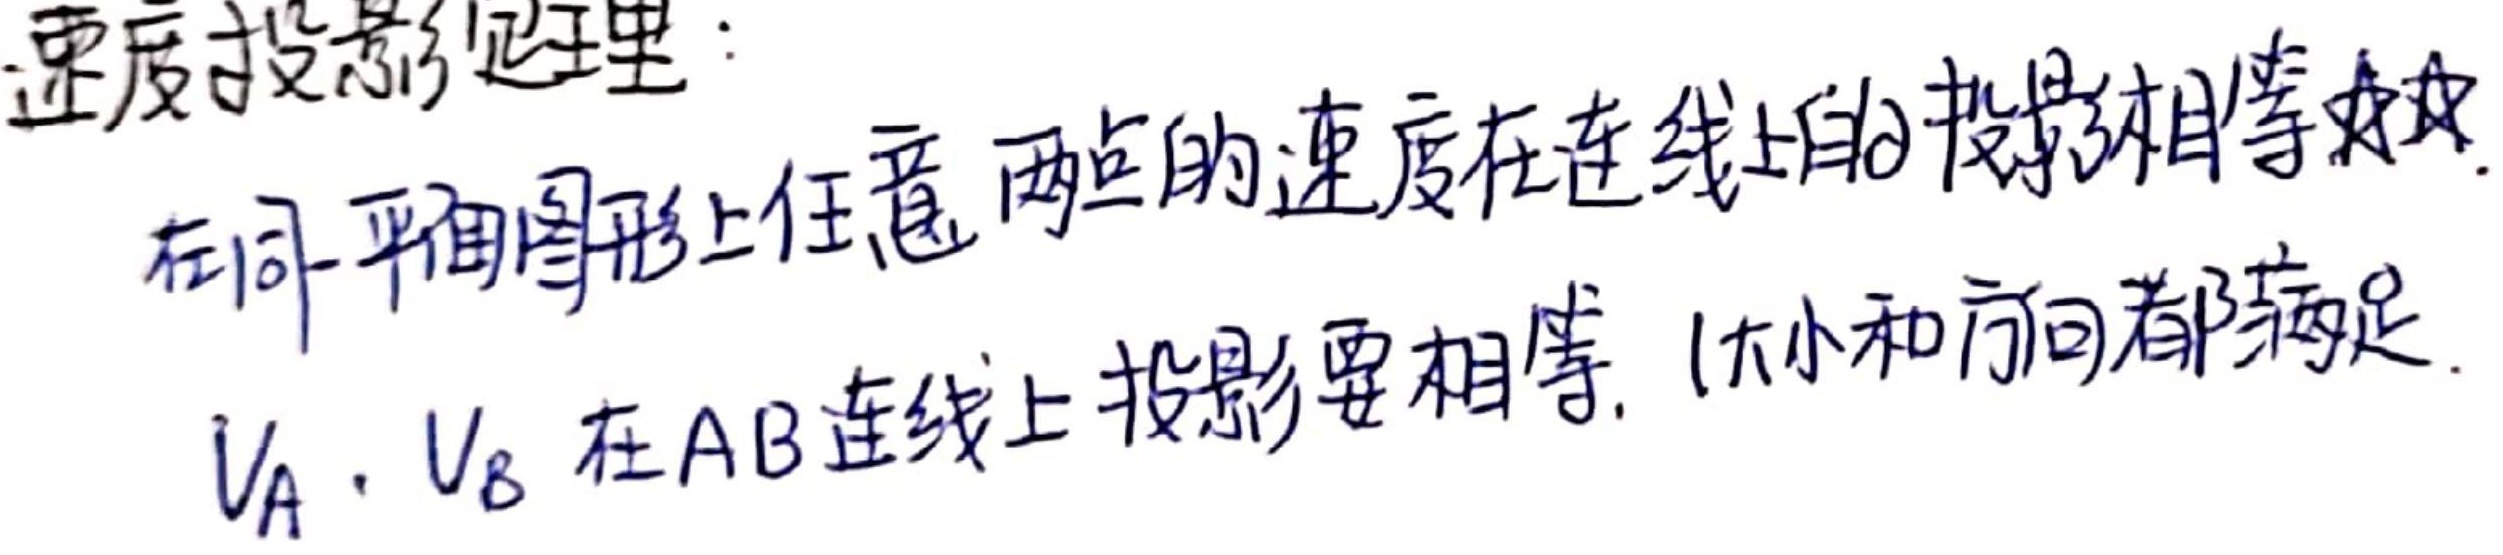
速度投影定理：在同一平面图形上任意两点的速度在连线上的投影相等。\(v_A\)，\(v_B\)在\(AB\)连线上投影要相等（大小和方向都满足）。